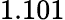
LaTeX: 1.101